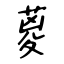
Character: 葼